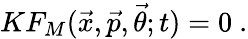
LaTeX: KF_{M}({\vec{x}},{\vec{p}},{\vec{\theta}};t)=0\ .